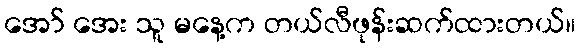
အော် အေး သူ မနေ့က တယ်လီဖုန်းဆက်ထားတယ်။